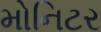
મોનિટર